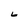
Character: L